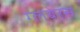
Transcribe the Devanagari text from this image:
ग्लबेरस